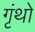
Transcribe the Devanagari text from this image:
गृंथो